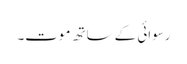
رسوائی کے ساتھ موت۔